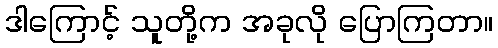
ဒါကြောင့် သူတို့က အခုလို ပြောကြတာ။